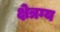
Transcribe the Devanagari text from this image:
क्षेत्रग्य